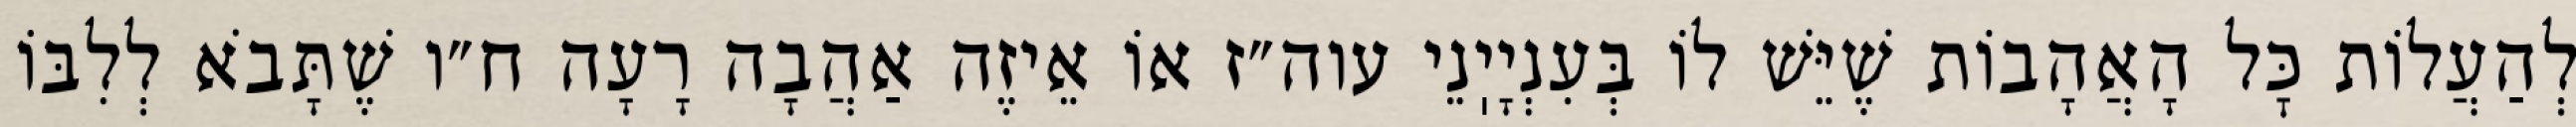
לְהַעֲלוֹת כׇּל הָאֲהָבוֹת שֶׁיֵּשׁ לוֹ בְּעִנְיָיֽנֵי עוה״ז אוֹ אֵיזֶה אַהֲבָה רָעָה ח״ו שֶׁתָּבֹא לְלִבּוֹ